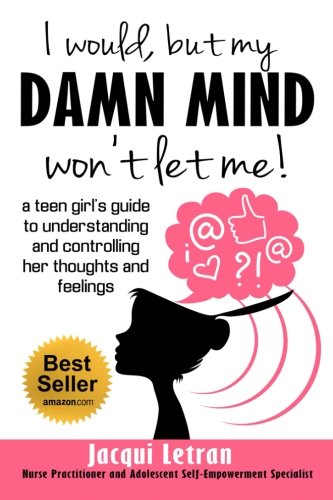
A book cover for I would, but my DAMN MIND won't let me: a teen girl's guide to understanding and controlling her thoughts and feelings (Words of Wisdom for Teens) (Volume 2); Jacqui Letran; Health, Fitness & Dieting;